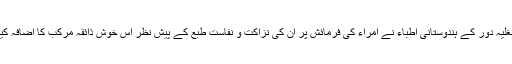
مغلیہ دور کے ہندوستانی اطِبّاء نے امراء کی فرمائش پر اُن کی نزاکت و نفاست طبع کے پیش نظر اِس خوش ذائقہ مرکب کا اِضافہ کیا۔